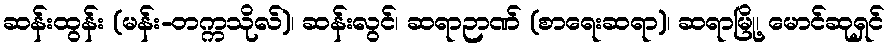
ဆန်းထွန်း (မန်း-တက္ကသိုလ်)၊ ဆန်းလွင်၊ ဆရာဉာဏ် (စာရေးဆရာ)၊ ဆရာမြို့၊ မောင်ဆုရှင်